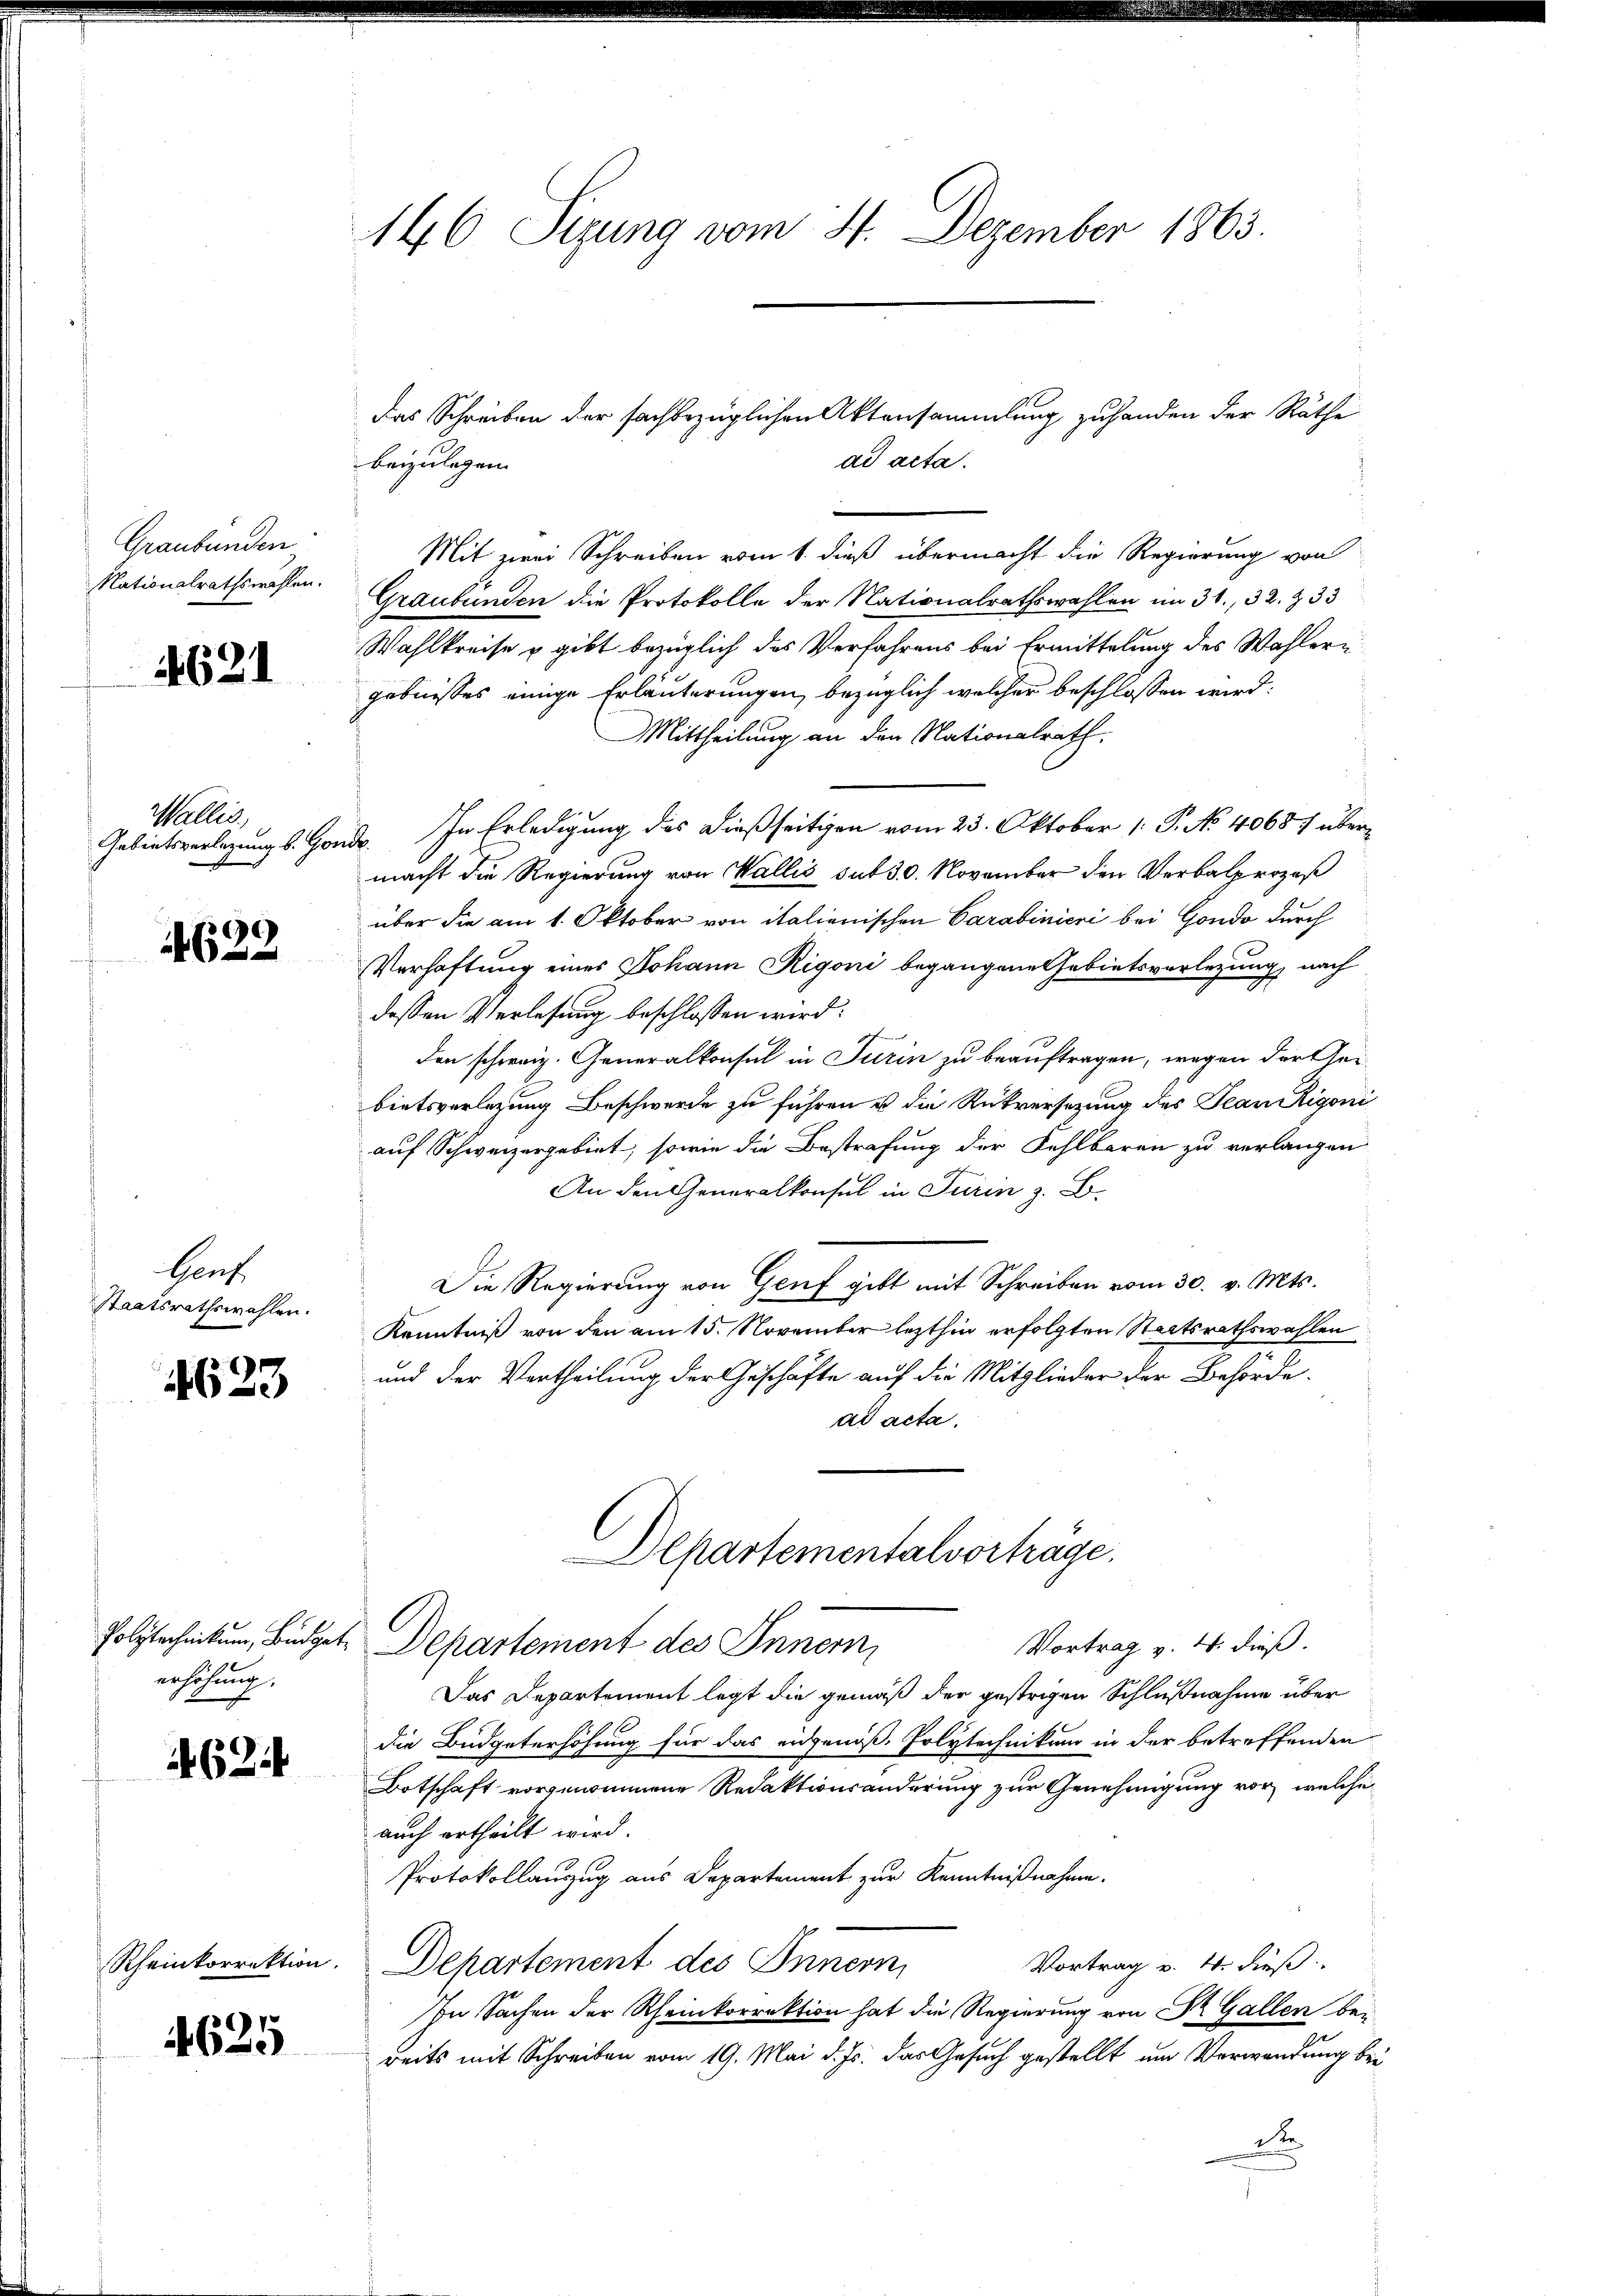
Graubünden
Nationalrathswahlen.

4621

Wallis,
Gebietsverlegung s. Gonde

.
60

Genf.
Staatsrathswahlen.

4623

erhöhung.

624

4625

146 Sizung vom 21. Dezember 1863.

Das Schreiben der sachbezüglichen Aktensammlung zu handen der Räthe
ad acta.
beizulegen. |
Mit zwei Schreiben vom 1. dieß übermacht die Regierung von
Graubünden die Protokolle der Nationalrathswahlen im 31. 32. 833
Wahlkreise u gibt bezüglich das Verfahrens bei Ermittelung des Wahlergebnisses einige Erläuterungen, bezüglich welcher beschlossen wird:
Mittheilung an den Nationalrath.
In Erledigung des dießseitigen vom 23. Oktober 1. P. No 40687 übermacht die Regierung von Wallis sub 30. November den Verbalprozeß
über die am 1. Oktober von italienischen Carabinieri bei Gondo durch
Verhaftung eines Johann Rigoni begangene Gebietsverlegung, nach
dessen Verlesung beschlossen wird.
den schweiz. Generalkonsul in Turin zu beauftragen, wegen der theibietsverlegung Beschwerde zu führen u die Rückversezung des Jean Rigoni
auf Schweizergebiet, sowie die Bestrafung der Fehlbaren zu verlangen
An den Generalkonsul in Turin z. B.
Die Regierung von Genf gibt mit Schreiben vom 30. v. Mts.
Kenntniß von den am 15. November lezthin erfolgten Staatsrathswahlen
und der Vertheilung der Geschäfte auf die Mitglieder der Behörde.
ad acta.
Departementalvorträge.
Polytechnikum, Büdget Departement des Innern,
Vortrag v. 4. dieß.
Das Departement legt die gemäß der gestrigen Schlußnahme über
die Budgeterhöhung für das eidgenöß. Polytechnikum in der betreffenden
Botschaft vorgenommene Redaktionsänderung zur Genehmigung vor, welche
auch ertheilt wird.
Protokollauszug aus Departement zur Kenntnißnahme.
Vortrag v. 4. dieß
Rheinkorrektion. Departement des Innern,
In Sachen der Rheinkorrektion hat die Regierung von St. Gallen bei
reits mit Schreiben vom 19. Mai d. Js. das Gesuch gestellt um Verwendung bei
t